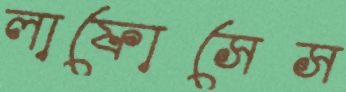
লাফোসেস